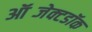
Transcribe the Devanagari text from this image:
ऑब्जेक्टडॉक